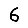
Digit: 6